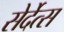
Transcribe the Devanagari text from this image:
सेर्देत्स